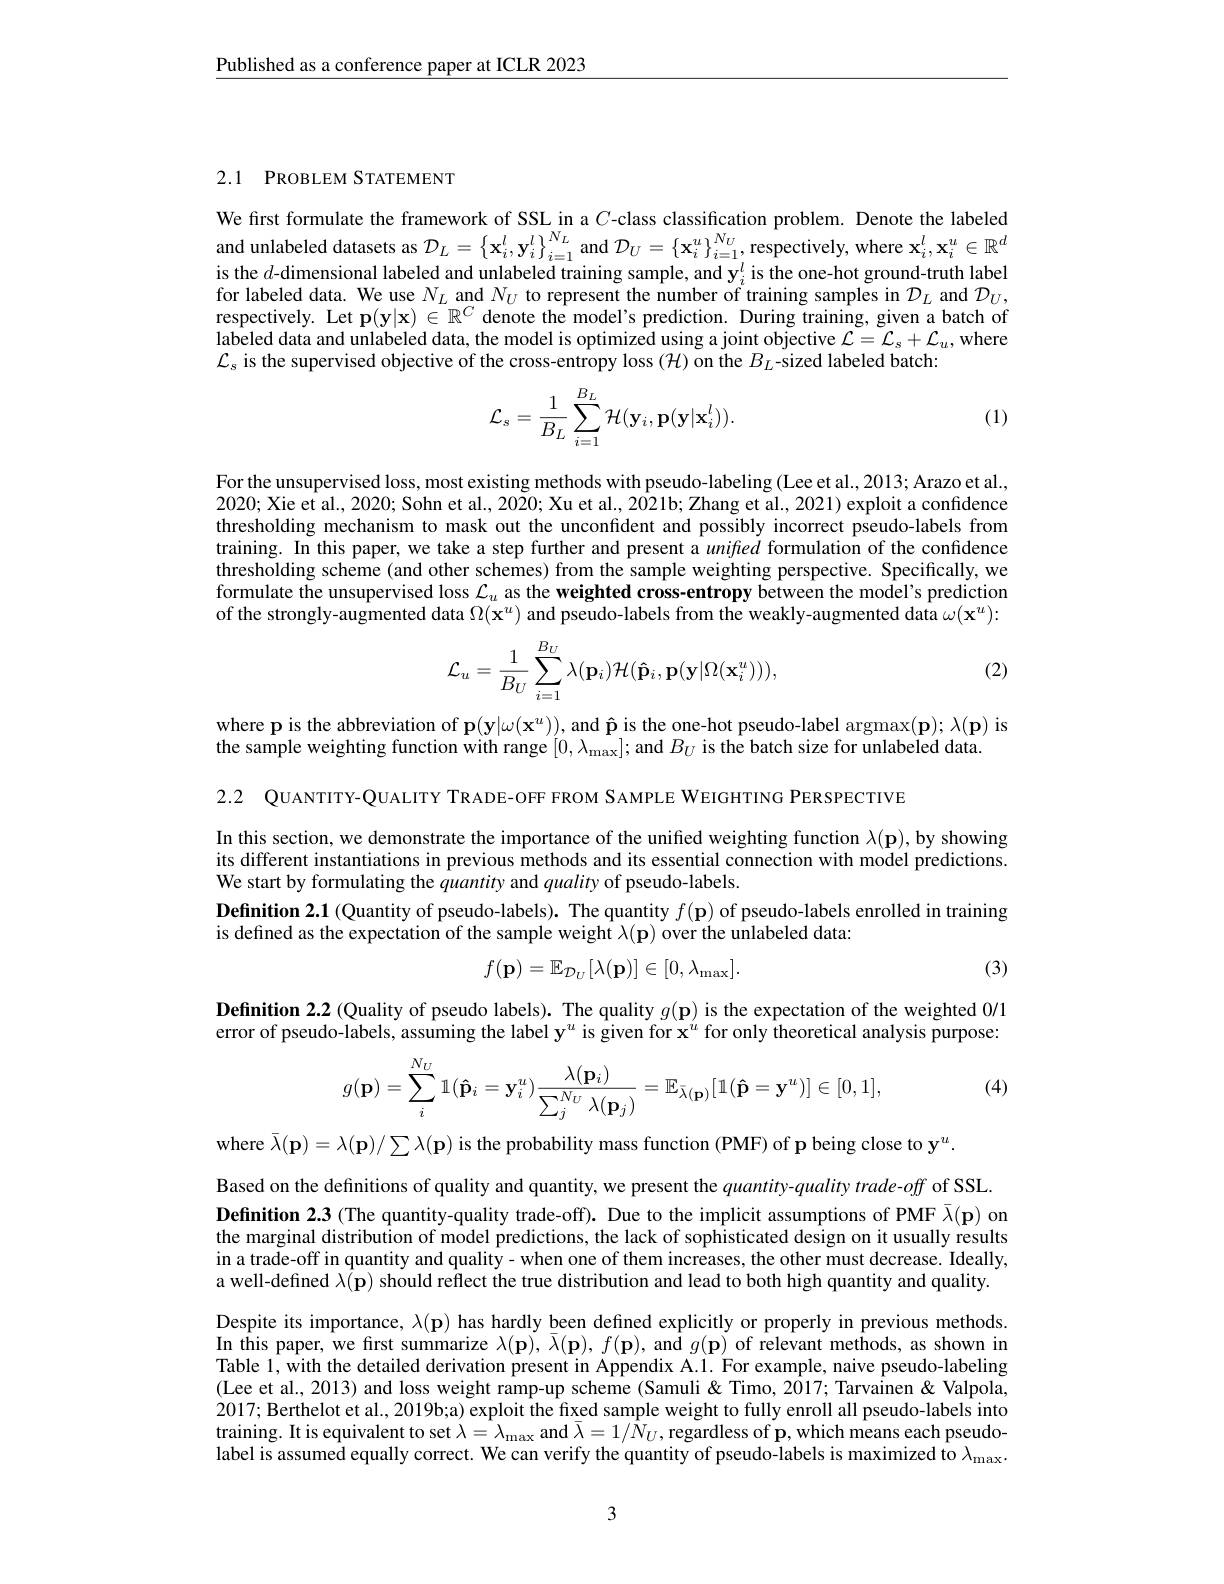
$\underline{\text{Published as a conference paper at ICLR 2023}}$

## 2.1 PROBLEM STATEMENT

We first formulate the framework of SSL in a $C$-class classification problem. Denote the labeled and unlabeled datasets as $\mathcal{D}_L=\left\{\mathbf{x}_i^l,\mathbf{y}_i^l\right\}_{i=1}^{N_L}$ and $\mathcal{D}_U=\left\{\mathbf{x}_i^u\right\}_{i=1}^{N_U}$, respectively, where $\mathbf{x}_i^l,\mathbf{x}_i^u\in\mathbb{R}^d$ is the $d$-dimensional labeled and unlabeled training sample, and $\mathbf{y}_i^l$ is the one-hot ground-truth label for labeled data. We use $N_L$ and $N_U$ to represent the number of training samples in $\mathcal{D}_L$ and $\mathcal{D}_U$, respectively. Let $\mathbf{p}(\mathbf{y}|\mathbf{x})\in\mathbb{R}^C$ denote the model's prediction. During training, given a batch of labeled data and unlabeled data, the model is optimized using a joint objective $\mathcal{L}=\mathcal{L}_s+\mathcal{L}_u$, where $\mathcal{L}_{s}$ is the supervised objective of the cross-entropy loss $(\mathcal{H})$ on the $B_L$-sized labeled batch:
$$\mathcal{L}_{s}=\frac{1}{B_{L}}\sum_{i=1}^{B_{L}}\mathcal{H}(\mathbf{y}_{i},\mathbf{p}(\mathbf{y}|\mathbf{x}_{i}^{l})).$$
(1)

For the unsupervised loss, most existing methods with pseudo-labeling (Lee et al.,2013; Arazo et al., $2020;\hat{\text{Xie et al., 2020; Sohn et al., 2020; }}$Xu et al., 2021b; Zhang et al., 2021) exploit a confidence thresholding mechanism to mask out the unconfident and possibly incorrect pseudo-labels from training. In this paper, we take a step further and present a unifed formulation of the confidence thresholding scheme (and other schemes) from the sample weighting perspective. Specifically, we formulate the unsupervised loss $\mathcal{L}_u$ as the weighted cross-entropy between the model's prediction of the strongly-augmented data $\Omega(\bar{\mathbf{x}^u})$ and pseudo-labels from the weakly-augmented data $\omega(\mathbf{x}^u):$

(2)
$$\mathcal{L}_{u}=\frac{1}{B_{U}}\sum_{i=1}^{B_{U}}\lambda(\mathbf{p}_{i})\mathcal{H}(\mathbf{\hat{p}}_{i},\mathbf{p}(\mathbf{y}|\Omega(\mathbf{x}_{i}^{u}))),$$
where p is the abbreviation of $\mathbf{p}(\mathbf{y}|\omega(\mathbf{x}^u))$, and $\mathbf{\hat{p}}$ is the one-hot pseudo-label argmax(p); $\lambda(\mathbf{p})$ is
$\hat{\text{the sample weighting function with range }[0,\lambda_{\mathrm{max}}]};$and $B_U$ is the batch size for unlabeled data.

2.2 QUANTITY-QUALITY TRADE-OFF FROM SAMPLE WEIGHTING PERSPECTIVE

In this section, we demonstrate the importance of the unified weighting function $\lambda(\mathbf{p})$, by showing its different instantiations in previous methods and its essential connection with model predictions. We start by formulating the quantity and quality of pseudo-labels.
Definition 2.1 (Quantity of pseudo-labels). The quantity $f(\mathbf{p})$ of pseudo-labels enrolled in training
is defined as the expectation of the sample weight $\lambda(\mathbf{p})$ over the unlabeled data:
$$f(\mathbf{p})=\mathbb{E}_{\mathcal{D}_{U}}[\lambda(\mathbf{p})]\in[0,\lambda_{\mathrm{max}}].$$
(3)

Definition 2.2 (Quality of pseudo labels). The quality $g(\mathbf{p})$ is the expectation of the weighted 0/1 error of pseudo-labels, assuming the label y$^u$ is given for x$^u$ for only theoretical analysis purpose:

(4)
$$g(\mathbf{p})=\sum_i^{N_U}\mathbb{1}(\mathbf{\hat{p}}_i=\mathbf{y}_i^u)\frac{\lambda(\mathbf{p}_i)}{\sum_j^{N_U}\lambda(\mathbf{p}_j)}=\mathbb{E}_{\bar{\lambda}(\mathbf{p})}[\mathbb{1}(\mathbf{\hat{p}}=\mathbf{y}^u)]\in[0,1],$$
where $\bar{\lambda}(\mathbf{p})=\lambda(\mathbf{p})/\sum\lambda(\mathbf{p})$ is the probability mass function (PMF) of p being close to $\mathbf{y}^u.$

Based on the definitions of quality and quantity, we present the $quantity-quality$ trade-off of SSL Definition 2.3 (The quantity-quality trade-off). Due to the implicit assumptions of PMF $\bar{\lambda}(\mathbf{p})$ on the marginal distribution of model predictions, the lack of sophisticated design on it usually results in a trade-off in quantity and quality- when one of them increases, the other must decrease. Ideally, a well-defined $\lambda ( \mathbf{p} )$ should reflect the true distribution and lead to both high quantity and quality. Despite its importance, $\lambda(\mathbf{p})$ has hardly been defined explicitly or properly in previous methods. In this paper, we first summarize $\lambda(\mathbf{p}),\bar{\lambda}(\mathbf{p}),f(\mathbf{p})$, and $g(\mathbf{p})$ of relevant methods, as shown in Table 1, with the detailed derivation present in Appendix A.1. For example, naive pseudo-labeling (Lee et al., 2013) and loss weight ramp-up scheme (Samuli& Timo, 2017; Tarvainen& Valpola, 2017; Berthelot et al., 2019b;a) exploit the fixed sample weight to fully enroll all pseudo-labels into training. It is equivalent to set $\lambda=\lambda_\max$ and $\bar{\lambda}=1/\hat{N}_U$,regardless of p, which means each pseudolabel is assumed equally correct. We can verify the quantity of pseudo-labels is maximized to $\lambda_\mathrm{max}.$

3